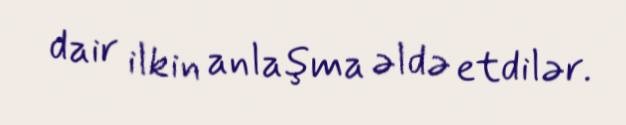
dair ilkin anlaşma əldə etdilər.